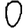
Digit: 0